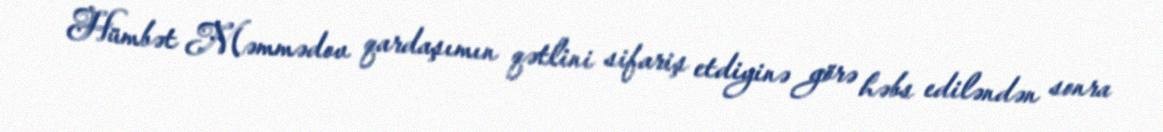
Hümbət Məmmədov qardaşımın qətlini sifariş etdiyinə görə həbs ediləndən sonra